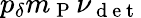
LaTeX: p_{\delta}m_{\mathrm{~P~}}\nu_{\mathrm{~d~e~t~}}